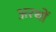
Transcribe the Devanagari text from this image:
अरथों